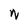
Character: N